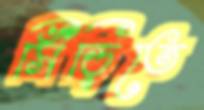
সিঁড়িতে